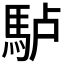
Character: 𩢬